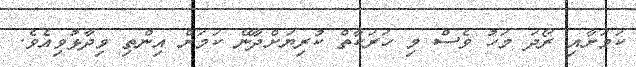
ކަމަށާއި ރޯދަ މަހު ވެސް މި ހަރަކާތް ކުރިޔަށްދާނޭ ކަމަށް އިންތި ވިދާޅުވިއެވެ.